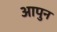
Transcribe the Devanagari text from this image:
आपुन